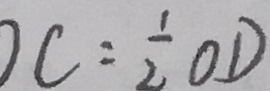
C = \frac { 1 } { 2 } O D